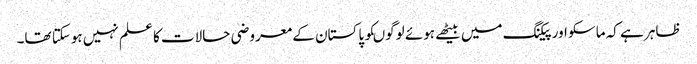
ظاہر ہے کہ ماسکو اور پیکنگ میں بیٹھے ہوئے لوگوںکو پاکستان کے معروضی حالات کا علم نہیں ہوسکتا تھا۔